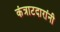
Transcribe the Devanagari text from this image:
कंत्राटदारांनी